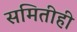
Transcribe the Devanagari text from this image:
समितीही